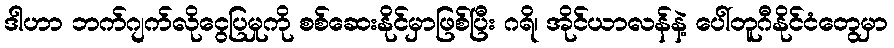
ဒါဟာ ဘက်ဂျက်လိုငွေပြမှုကို စစ်ဆေးနိုင်မှာဖြစ်ပြီး ဂရိ၊ အိုင်ယာလန်နဲ့ ပေါ်တူဂီနိုင်ငံတွေမှာ